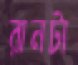
রানটা